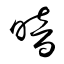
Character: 暗